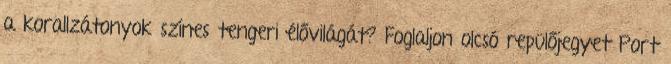
a korallzátonyok színes tengeri élővilágát? Foglaljon olcsó repülőjegyet Port